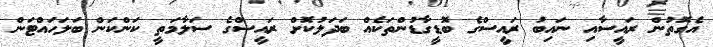
އެގޮތުން ރައީސާއި ނައިބު ރައީސްގެ ބޮޑީގާޑުންތަކެއް ބަދަލުކޮށް ރައީސްގެ ސަލާމަތީ ކަންކަން ބަލަހައްޓަން